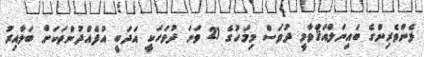
ޅެންވެރިންގެ ބައިނަލްއަޤްވާމީ ދުވަސް މިމަހުގެ 21 ވަނަ ދުވަހަކީ އަދަބީ އުފެއްދުންތަކަށް ބަލާއިރު